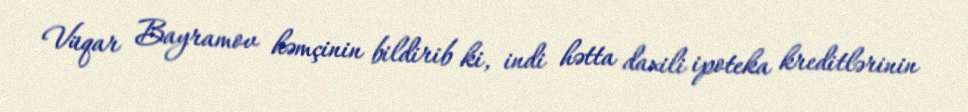
Vüqar Bayramov həmçinin bildirib ki, indi hətta daxili ipoteka kreditlərinin